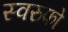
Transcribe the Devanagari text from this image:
स्वरुफो